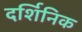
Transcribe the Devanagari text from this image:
दर्शिनिक